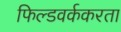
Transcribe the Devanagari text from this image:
फिल्डवर्ककरता